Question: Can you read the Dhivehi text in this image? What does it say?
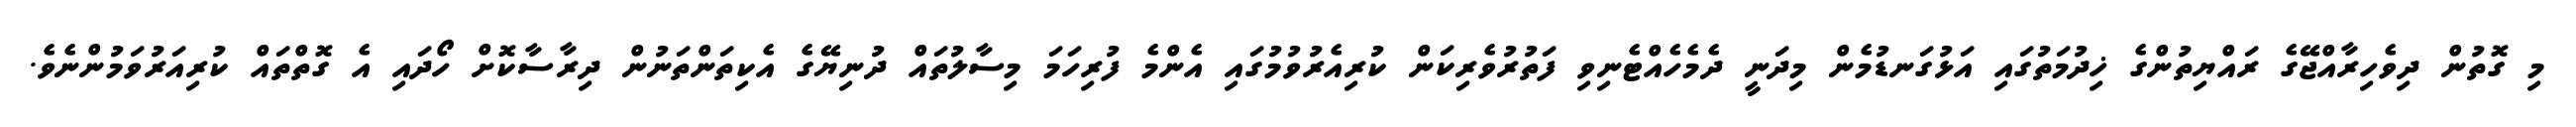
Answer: މި ގޮތުން ދިވެހިރާއްޖޭގެ ރައްޔިތުންގެ ޚިދުމަތުގައި އަޅުގަނޑުމެން މިދަނީ ދެމެހެއްޓެނިވި ފަތުރުވެރިކަން ކުރިއެރުވުމުގައި އެންމެ ފުރިހަމަ މިސާލުތައް ދުނިޔޭގެ އެކިތަންތަނުން ދިރާސާކޮށް ހޯދައި އެ ގޮތްތައް ކުރިއަރުވަމުންނެވެ.